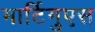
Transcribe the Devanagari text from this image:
मार्टिगुएस